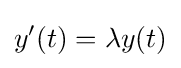
y'(t)=\lambda y(t)